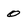
Character: 0